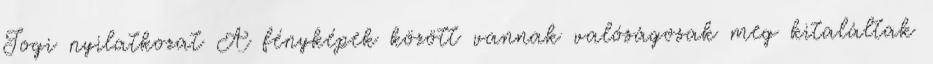
Jogi nyilatkozat A fényképek között vannak valóságosak meg kitaláltak